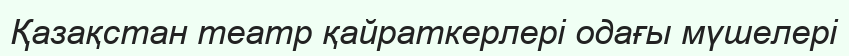
Қазақстан театр қайраткерлері одағы мүшелері